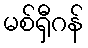
မစ်ရှီဂန်